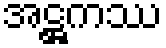
အဋ္ဌကဿ